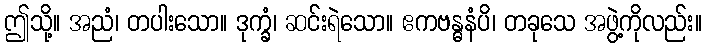
ဤသို့။ အညံ၊ တပါးသော။ ဒုက္ခံ၊ ဆင်းရဲသော။ ဧကဗန္ဓနံပိ၊ တခုသေ အဖွဲ့ကိုလည်း။